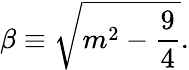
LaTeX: \beta\equiv\sqrt{m^{2}-\frac{9}{4}}.